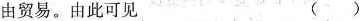
由贸易。由此可见 ( )